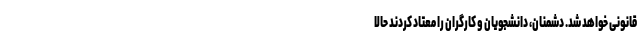
قانونی خواهد شد. دشمنان، دانشجویان و کارگران را معتاد کردند حالا